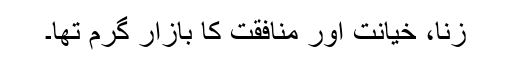
زنا، خیانت اور منافقت کا بازار گرم تھا۔